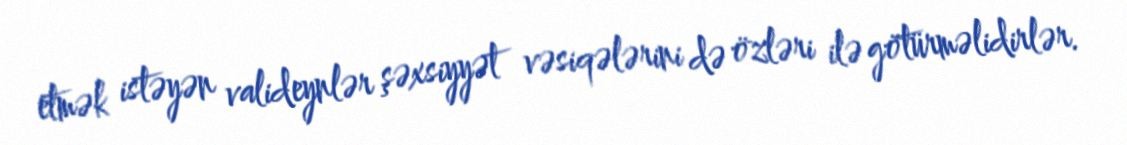
etmək istəyən valideynlər şəxsiyyət vəsiqələrini də özləri ilə götürməlidirlər.